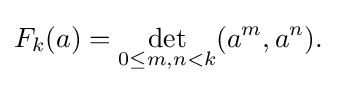
\displaystyle {F_{k}(a)=\det _{0\leq m,n<k}(a^{m},a^{n}).}